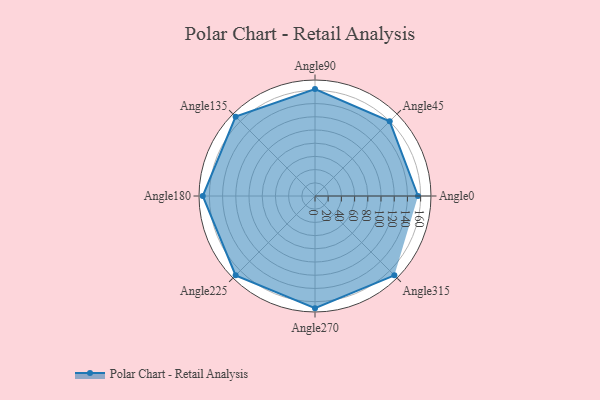
{"axis": {"x": "Angle", "y": "Radius"}, "legend": [""], "data": [{"x": "Angle0", "y": 156.0, "type": ""}, {"x": "Angle45", "y": 160.0, "type": ""}, {"x": "Angle90", "y": 162.0, "type": ""}, {"x": "Angle135", "y": 170.0, "type": ""}, {"x": "Angle180", "y": 170, "type": ""}, {"x": "Angle225", "y": 170, "type": ""}, {"x": "Angle270", "y": 170, "type": ""}, {"x": "Angle315", "y": 170, "type": ""}]}